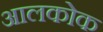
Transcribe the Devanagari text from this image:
आलकोक